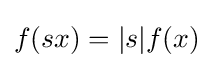
f(sx)=|s|f(x)